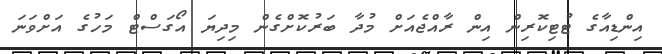
އިންޑިއާގެ ޓުޓިކޮރިން އިން ރާއްޖެއަށް މުދާ ބަރުކޮށްގެން މިދިޔަ އޯގަސްޓް މަހުގެ އަށްވަނަ